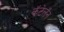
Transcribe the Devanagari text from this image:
कॅटेलॅन